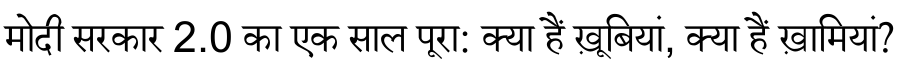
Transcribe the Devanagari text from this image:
मोदी सरकार 2.0 का एक साल पूरा: क्या हैं ख़ूबियां, क्या हैं ख़ामियां?